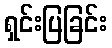
ရှင်းပြခြင်း